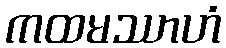
ကထမဿာဟံ